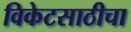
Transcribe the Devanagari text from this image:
विकेटसाठीचा